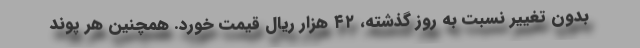
بدون تغییر نسبت به روز گذشته، ۴۲ هزار ریال قیمت خورد. همچنین هر پوند